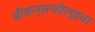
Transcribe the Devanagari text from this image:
बीकन्सफील्डचा